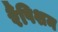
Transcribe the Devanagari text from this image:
रैंपिशम